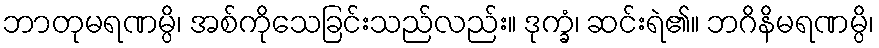
ဘာတုမရဏမ္ပိ၊ အစ်ကိုသေခြင်းသည်လည်း။ ဒုက္ခံ၊ ဆင်းရဲ၏။ ဘဂိနိမရဏမ္ပိ၊